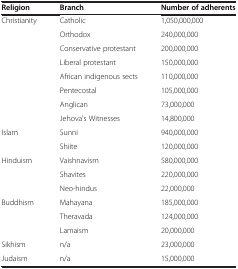
<table><thead><tr><td><b>Religion</b></td><td><b>Branch</b></td><td><b>Number of adherents</b></td></tr></thead><tbody><tr><td>Christianity</td><td>Catholic</td><td>1,050,000,000</td></tr><tr><td> </td><td>Orthodox</td><td>240,000,000</td></tr><tr><td> </td><td>Conservative protestant</td><td>200,000,000</td></tr><tr><td> </td><td>Liberal protestant</td><td>150,000,000</td></tr><tr><td> </td><td>African indigenous sects</td><td>110,000,000</td></tr><tr><td> </td><td>Pentecostal</td><td>105,000,000</td></tr><tr><td> </td><td>Anglican</td><td>73,000,000</td></tr><tr><td> </td><td>Jehova&#x27;s Witnesses</td><td>14,800,000</td></tr><tr><td>Islam</td><td>Sunni</td><td>940,000,000</td></tr><tr><td> </td><td>Shiite</td><td>120,000,000</td></tr><tr><td>Hinduism</td><td>Vaishnavism</td><td>580,000,000</td></tr><tr><td> </td><td>Shavites</td><td>220,000,000</td></tr><tr><td> </td><td>Neo-hindus</td><td>22,000,000</td></tr><tr><td>Buddhism</td><td>Mahayana</td><td>185,000,000</td></tr><tr><td> </td><td>Theravada</td><td>124,000,000</td></tr><tr><td> </td><td>Lamaism</td><td>20,000,000</td></tr><tr><td>Sikhism</td><td>n/a</td><td>23,000,000</td></tr><tr><td>Judaism</td><td>n/a</td><td>15,000,000</td></tr></tbody></table>